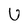
Character: U